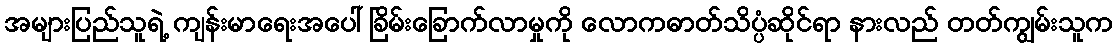
အများပြည်သူရဲ့ ကျန်းမာရေးအပေါ် ခြိမ်းခြောက်လာမှုကို လောကဓာတ်သိပ္ပံဆိုင်ရာ နားလည် တတ်ကျွမ်းသူက